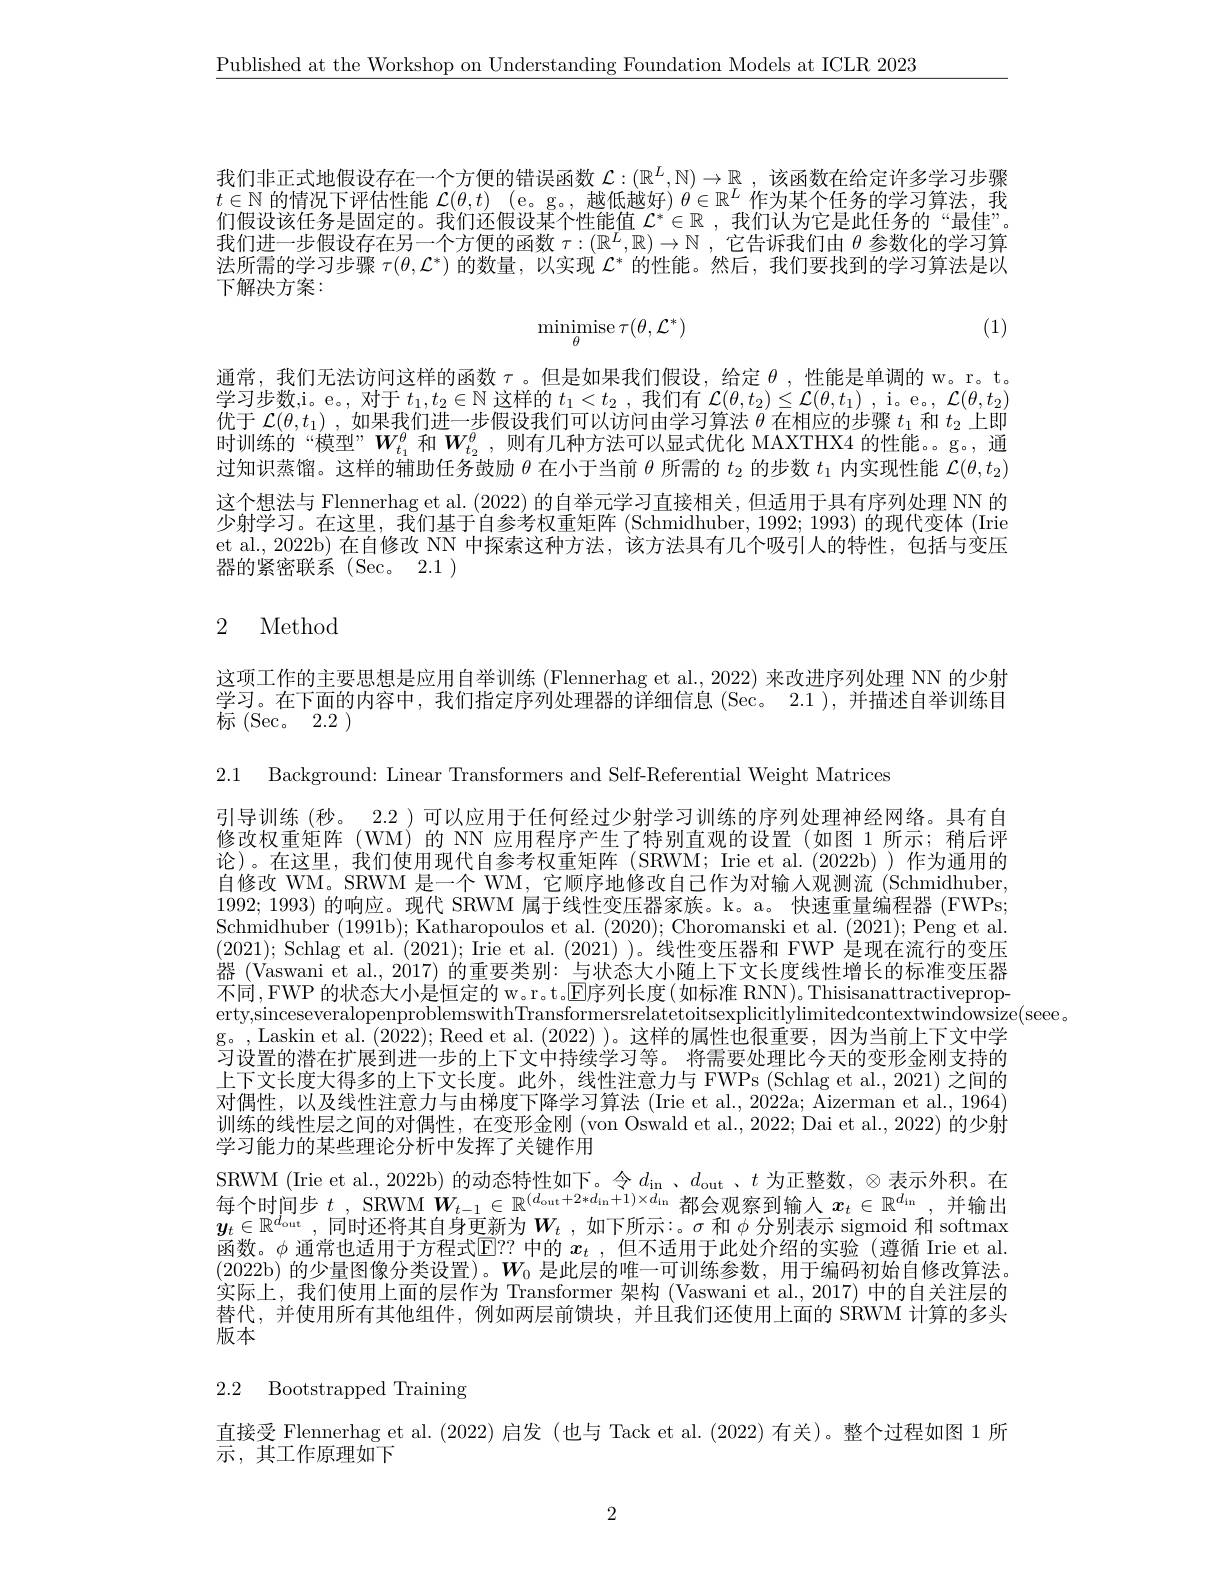
$\underline{\text{Published at the Workshop on Understanding Foundation Models at ICLR 2023}}$

我们非正式地假设存在一个方便的错误函数$\mathcal{L}:(\mathbb{R}^L,\mathbb{N})\to\mathbb{R}$ ,该函数在给定许多学习步骤$t\in\mathbb{N}$的情况下评估性能$\mathcal{L} ( \theta , t)$ (e。g。,越低越好) $\theta\in\mathbb{R}^L$作为某个任务的学习算法，我们假设该任务是固定的。我们还假设某个性能值$\mathcal{L}^*\in\mathbb{R}$ ,我们认为它是此任务的“最佳”。我们进一步假设存在另一个方便的函数$\tau:(\mathbb{R}^L,\mathbb{R})\to\mathbb{N}$ ,它告诉我们由$\theta$参数化的学习算法所需的学习步骤$\tau(\theta,\mathcal{L}^*)$的数量，以实现$\mathcal{L}^*$的性能。然后，我们要找到的学习算法是以下解决方案：

(1)
$$\mathop{\mathrm{minimise}}_{\theta}\tau(\theta,\mathcal{L}^{*})$$
通常，我们无法访问这样的函数$\tau$。但是如果我们假设，给定$\theta$ ,性能是单调的 w。r。t。学习步数，i。e。, 对于$t_1,t_2\in\mathbb{N}$这样的$t_1<t_2$,我们有$\mathcal{L}(\theta,t_2)\leq\mathcal{L}(\theta,t_1)$ ,i。e。$\mathcal{L}(\theta,t_2)$ 优于$\mathcal{L}(\theta,t_1)$ ,如果我们进一步假设我们可以访问由学习算法$\theta$在相应的步骤$t_1$和$t_2$上即时训练的“模型”$W_{t_1}^\theta$和$W_{t_2}^\theta$,则有几种方法可以显式优化 MAXTHX4 的性能。。g。, 通过知识蒸馏。这样的辅助任务鼓励$\theta$在小于当前$\theta$所需的$t_2$的步数$t_1$内实现性能$\mathcal{L}(\theta,t_2)$ 这个想法与 Flennerhag et al. (2022)的自举元学习直接相关，但适用于具有序列处理 NN 的少射学习。在这里，我们基于自参考权重矩阵(Schmidhuber, 1992; 1993) 的现代变体 (Irie et al., 2022b) 在自修改 NN 中探索这种方法，该方法具有几个吸引人的特性，包括与变压器的紧密联系(Sec。2.1)

# 2 Method

这项工作的主要思想是应用自举训练 (Flennerhag et al., 2022) 来改进序列处理 NN 的少射学习。在下面的内容中，我们指定序列处理器的详细信息(Sec。2.1 ),并描述自举训练目标(Sec。2.2)

2.1 Background: Linear Transformers and Self-Referential Weight Matrices
引导训练(秒。2.2 )可以应用于任何经过少射学习训练的序列处理神经网络。具有自修改权重矩阵(WM)的 NN 应用程序产生了特别直观的设置(如图 1 所示；稍后评论)。在这里，我们使用现代自参考权重矩阵(SRWM;Irie et al.(2022b))作为通用的自修改 WM。SRWM 是一个 WM, 它顺序地修改自己作为对输人观测流 (Schmidhuber, 1992;1993)的响应。现代 SRWM 属于线性变压器家族。k。a。快速重量编程器 (FWPs Schmidhuber (1991b);Katharopoulos et al.(2020);Choromanski et al.(2021);Peng et al. (2021); Schlag et al. (2021); Irie et al. (2021) )。线性变压器和 FWP 是现在流行的变压器 (Vaswani et al., 2017) 的重要类别：与状态大小随上下文长度线性增长的标准变压器不同，FWP 的状态大小是恒定的 w。r。t.E序列长度(如标准 RNN)。Thisisanattractiveproperty,sinceseveralopenproblemswithTransformersrelatetoitsexplicitlylimitedcontextwindowsize(seee。
g。, Laskin et al. (2022); Reed et al. (2022))。这样的属性也很重要，因为当前上下文中学习设置的潜在扩展到进一步的上下文中持续学习等。将需要处理比今天的变形金刚支持的上下文长度大得多的上下文长度。此外，线性注意力与 FWPs (Schlag et al., 2021) 之间的对偶性，以及线性注意力与由梯度下降学习算法 (Irie et al., 2022a; Aizerman et al., 1964) 训练的线性层之间的对偶性，在变形金刚 (von Oswald et al., 2022; Dai et al., 2022) 的少射学习能力的某些理论分析中发挥了关键作用
SRWM ( Irie et al. , 2022b) 的 动 态 特 性 如 下 。令 $d_{\mathrm{in~}}、 d_{\mathrm{out~}}, t$ 为 正 整 数 , $\otimes$表 示 外 积 。在 每 个 时 间 步 $t$, SRWM $\boldsymbol{W}_{t- 1}\in \mathbb{R} ^{( d_{\mathrm{out}}+ 2* d_{\mathrm{in}}+ 1) \times d_{\mathrm{in}}}$都 会 观 察 到 输 人 $x_{t}\in \mathbb{R} ^{d_{\mathrm{in}}}$, 并 输 出$\boldsymbol{y}_t\in\mathbb{R}^{d_\mathrm{out}}$, 同时还将其自身更新为$\boldsymbol{W}_t$,如下所示：。$\sigma$ 和 $\phi$ 分别表示 sigmoid 和 softmax 函数。$\phi$通常也适用于方程式$\mathbb{E}??$中的$x_t$ ,但不适用于此处介绍的实验 (遵循 Irie et al. (2022b)的少量图像分类设置)。$W_0$是此层的唯一可训练参数，用于编码初始自修改算法。实际上，我们使用上面的层作为 Transformer 架构 (Vaswani et al., 2017) 中的自关注层的替代，并使用所有其他组件，例如两层前馈块，并且我们还使用上面的 SRWM 计算的多头$\bar{\text{版本}}$

2.2 Bootstrapped Training

直接受 Flennerhag et al. (2022) 启发 (也与 Tack et al.(2022)有关)。整个过程如图 1 所
$\overline{{\text{示},\text{其工作原理如下}}}$

2